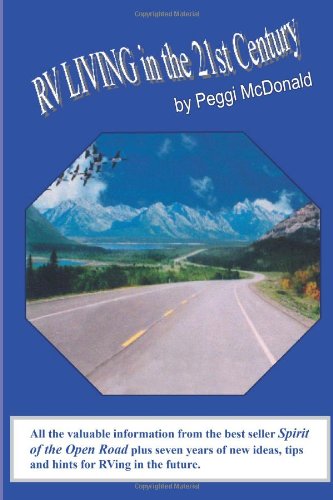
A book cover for RV Living in the 21st Century: The Essential Reference Guide for ALL RVers; Peggi McDonald; Engineering & Transportation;